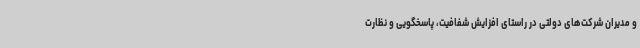
و مدیران شرکت‌های دولتی در راستای افزایش شفافیت، پاسخگویی و نظارت